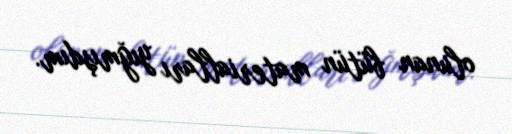
olunan bütün materialları yığmışdım.